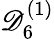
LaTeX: {\mathscr{D}}_{6}^{(1)}